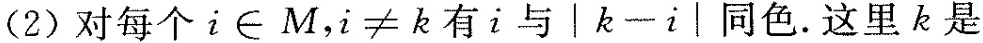
(2)对每个i∈M，i≠k有i与│k-i|同色。这里k是